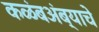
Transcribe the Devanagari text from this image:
कळंबअंब्याचे